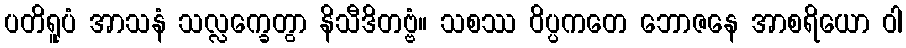
ပတိရူပံ အာသနံ သလ္လက္ခေတွာ နိသီဒိတဗ္ဗံ။ သစဿ ဝိပ္ပကတေ ဘောဇနေ အာစရိယော ဝါ